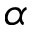
\alpha